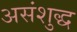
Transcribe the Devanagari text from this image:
असंशुद्ध